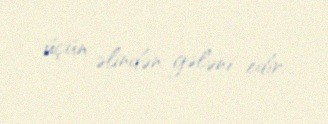
üçün əlindən gələni edir.